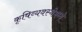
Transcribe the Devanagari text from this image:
कृषिव्यवस्थेमध्ये